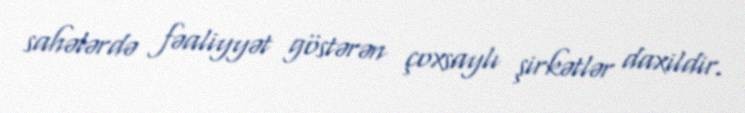
sahələrdə fəaliyyət göstərən çoxsaylı şirkətlər daxildir.